Report on vaccination North-West Frontier Province 1904-1922 - 1904-1922
Year: 1904
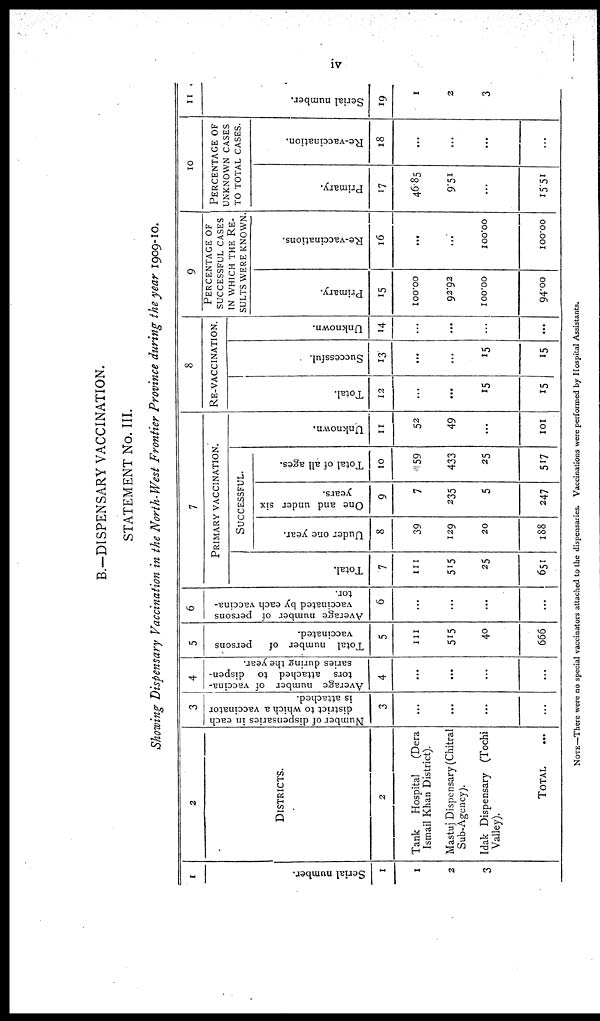
iv
B.—DISPENSARY VACCINATION.
STATEMENT No. III.
Showing Dispensary Vaccination in the North-West Frontier Province during the year 1909-10.
1
Serial number.
1
1
2
3
2
DISTRICTS.
2
Tank
Hospital (Dera
Ismail Khan District).
Mastuj Dispensary (Chitral
Sub-Agency).
Idak Dispensary (Tochi
Valley).
TOTAL ...
3
Number of dispensaries in each
district to which a vaccinator
is attached.
3
...
...
...
...
4
A
verage number of vaccina¬
tors attached to dispen-
saries during the year.
4
...
...
...
...
5
Total number of
persons
vaccinated.
5
111
515
40
666
6
Average number of persons
vaccinated by each vaccina-
tor.
6
...
...
...
...
7
PRIMARY VACCINATION.
Total.
7
111
515
25
651
SUCCESSFUL.
Under one year.
8
39
129
20
188
One and under six
years.
9
7
235
5
247
Total of all ages.
10
59
433
25
517
Unknown.
11
52
49
...
101
8
RE-VACCINATION.
Total.
12
...
...
15
15
Successful.
13
...
...
15
15
Unknown.
14
...
...
...
...
9
PERCENTAGE OF
SUCCESSFUL CASES
IN WHICH THE RE-
SULTS WERE KNOWN.
Primary.
15
100.00
92.92
100.00
94.00
Re-vaccinations.
16
...
...
100.00
100.00
10
PERCENTAGE OF
UNKNOWN CASES
TO TOTAL CASES.
Primary.
17
46.85
9.51
...
15.51
Re-vaccination.
18
...
...
...
...
11
Serial number.
19
1
2
3
NOTE—There were no special vaccinators attached to the dispensaries. Vaccinations were performed by Hospital Assistants.